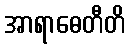
အာရာဓေတီတိ